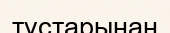
тұстарынан